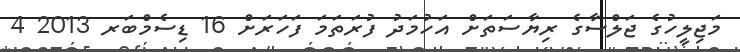
މަޖިލީހުގެ ޖަލްސާގެ ރިޔާސަތަށް އަހުމަދު ފުރަތަމަ ފަހަރަށް 16 ޑިސެމްބަރ 2013 4